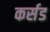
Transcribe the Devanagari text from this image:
कर्सड